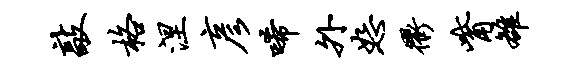
敲格涅彦唏外恕衢觜雒